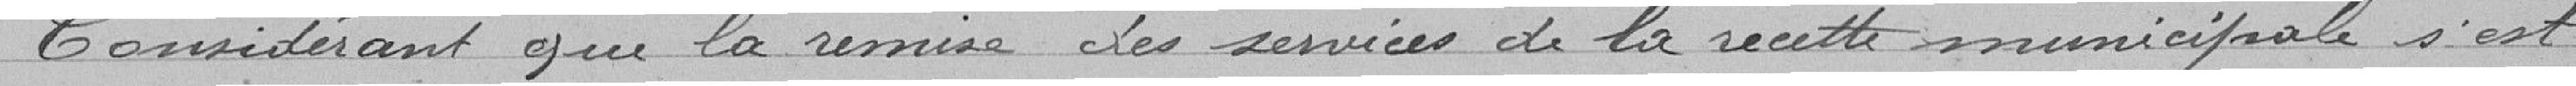
Considérant que la remise des services de la recette municipale s'est